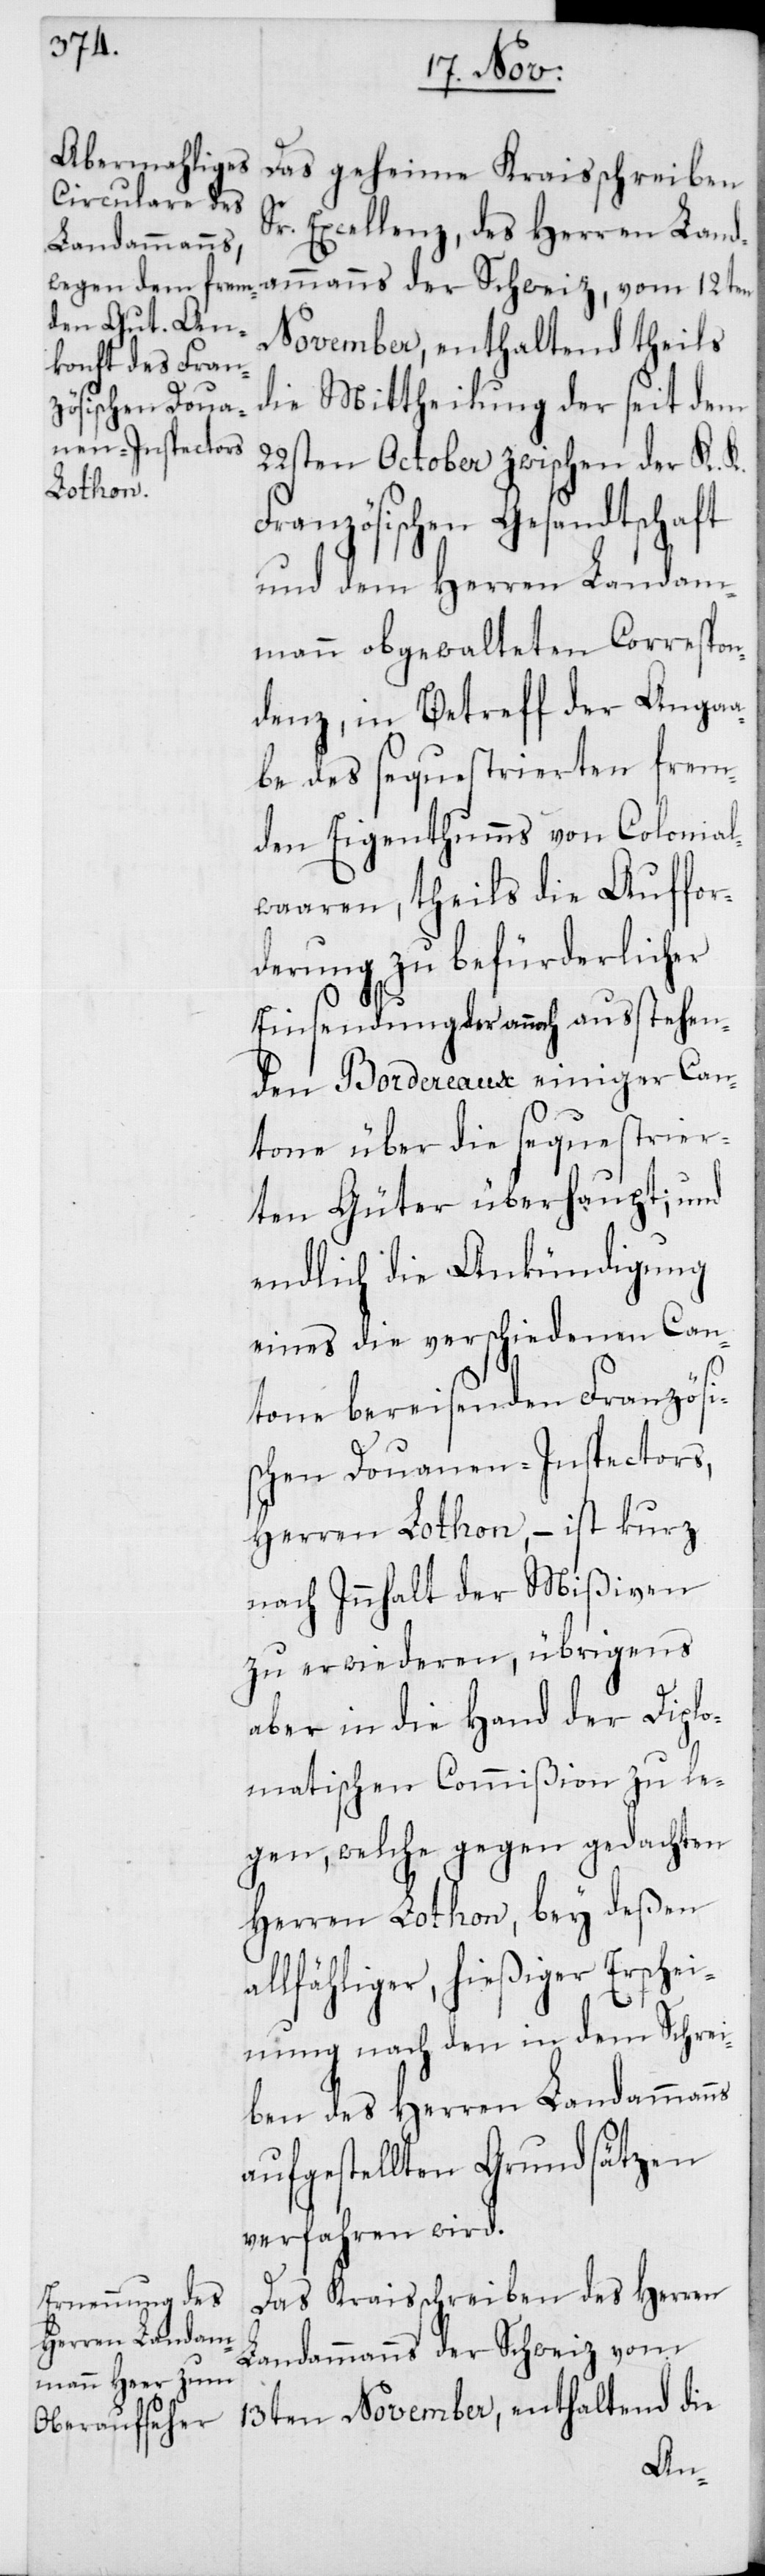
Das geheime Kraisschreiben
Sr. Excellenz, des Herren Land¬
ammanns der Schweiz, vom 12ten
November, enthaltend theils
die Mittheilung der seit dem
22sten October zwischen der K. K.
Französischen Gesandtschaft
und dem Herren Landam¬
mann obgewalteten Correspon¬
denz, in Betreff der Angaa¬
be des sequestrierten frem¬
den Eigenthumms von Colonial¬
waaren, theils die Auffor¬
derung zu befürderlicher
Einsendung der annoch ausstehen¬
den Bordereaux einiger Can¬
tone über die sequestrier¬
ten Güter überhaupt; und
endlich die Ankündigung
eines die verschiedenen Can¬
tone bereisenden Französi¬
schen Douanen-Inspectors,
Herren Lothon, – ist kurz
nach Innhalt der Mißiven
zu erwiederen, übrigens
aber in die Hand der Diplo¬
matischen Commißion zu le¬
gen, welche gegen gedachten
Herren Lothon, bey deßen
allfähliger, hießiger Erschei¬
nung nach den in dem Schrei¬
ben des Herren Landammanns
aufgestellten Grundsätzen
verfahren wird.
Das Kraisschreiben des Herren
Landammanns der Schweiz vom
13ten November, enthaltend die